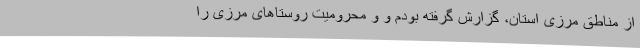
از مناطق مرزی استان، گزارش گرفته بودم و و محرومیت روستاهای مرزی را